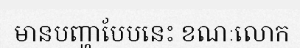
មានបញ្ហាបែបនេះ ខណៈលោក